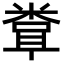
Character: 𬖧